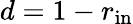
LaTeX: d=1-r_{\mathrm{in}}